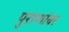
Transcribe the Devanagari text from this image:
पुराणांवर